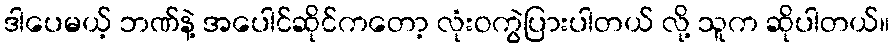
ဒါပေမယ့် ဘဏ်နဲ့ အပေါင်ဆိုင်ကတော့ လုံးဝကွဲပြားပါတယ် လို့ သူက ဆိုပါတယ်။